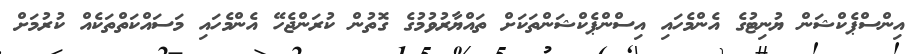
އިންސްޕެކްޝަން ޔުނިޓުގެ އެންމެހައި އިސްންޕެކްޝަންތަކަށް ތައްޔާރުވުމުގެ ގޮތުން ކުރަންޖެހޭ އެންމެހައި މަސައްކަތްތަކެއް ކުރުމަށް